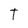
Character: T